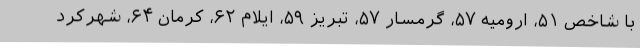
با شاخص ۵۱، ارومیه ۵۷، گرمسار ۵۷، تبریز ۵۹، ایلام ۶۲، کرمان ۶۴، شهرکرد